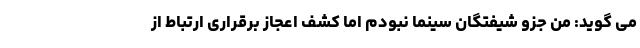
می گوید: من جزو شیفتگان سینما نبودم اما کشف اعجاز برقراری ارتباط از